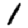
Digit: 1